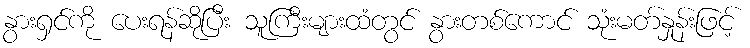
နွားရှင်ကို ပေးရန်ဆိုပြီး သူကြီးများထံတွင် နွားတစ်ကောင် သုံးမတ်နှုန်းဖြင့်